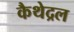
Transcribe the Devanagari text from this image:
कैथेद्रल